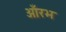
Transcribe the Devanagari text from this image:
आँरभ